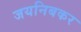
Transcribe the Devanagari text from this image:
जयनिबकर